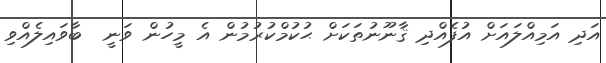
އަދި އަމިއްލައަށް އުފެއްދި ޤާނޫނުތަކަށް ޙުކުމްކުރުމުން އެ މީހުން ވަނީ  ބާވައިލެއްވި